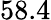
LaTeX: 58.4